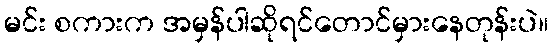
မင်း စကားက အမှန်ပါဆိုရင်တောင်မှားနေတုန်းပဲ။